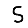
Digit: 5